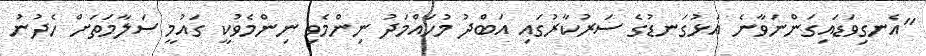
"އެނގިވަޑައިގަންނަވާނެ އަޅުގަނޑުގެ ސަރުކާރުގައި އަބްދު މުހައްމަދު ނިންމެވި ނިންމެވުކީ ގައުމީ ސަލާމަތަށް ހެދުނު